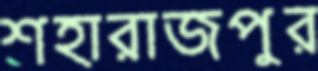
শহারাজপুর